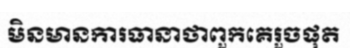
មិនមានការធានាថាពួកគេរួចផុត